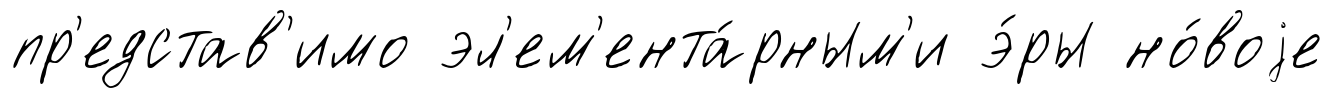
пр'едстав'имо эл'ем'ента́рным'и э́ры но́воjе